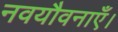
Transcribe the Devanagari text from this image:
नवयौवनाएँ।